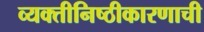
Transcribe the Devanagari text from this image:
व्यक्तीनिष्ठीकारणाची